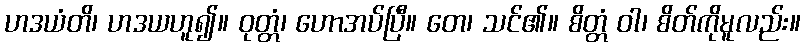
ဟဒယံတိ၊ ဟဒယဟူ၍။ ဝုတ္တံ၊ ဟောအပ်ပြီ။ တေ၊ သင်၏။ စိတ္တံ ဝါ၊ စိတ်ကိုမူလည်း။